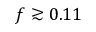
f \gtrsim 0 . 1 1